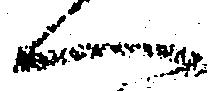
へ